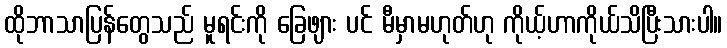
ထိုဘာသာပြန်တွေသည် မူရင်းကို ခြေဖျား ပင် မီမှာမဟုတ်ဟု ကိုယ့်ဟာကိုယ်သိပြီးသားပါ။